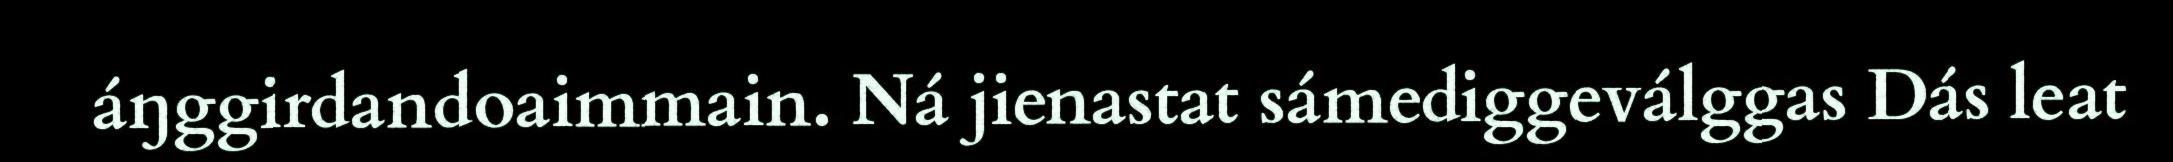
áŋggirdandoaimmain. Ná jienastat sámediggeválggas Dás leat